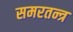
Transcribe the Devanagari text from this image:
समरतन्त्र